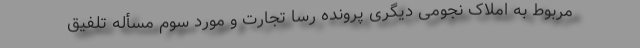
مربوط به املاک نجومی دیگری پرونده رسا تجارت و مورد سوم مسأله تلفیق